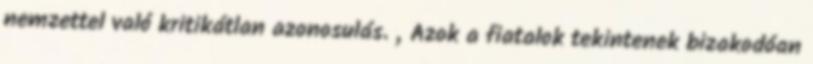
nemzettel való kritikátlan azonosulás. „Azok a fiatalok tekintenek bizakodóan